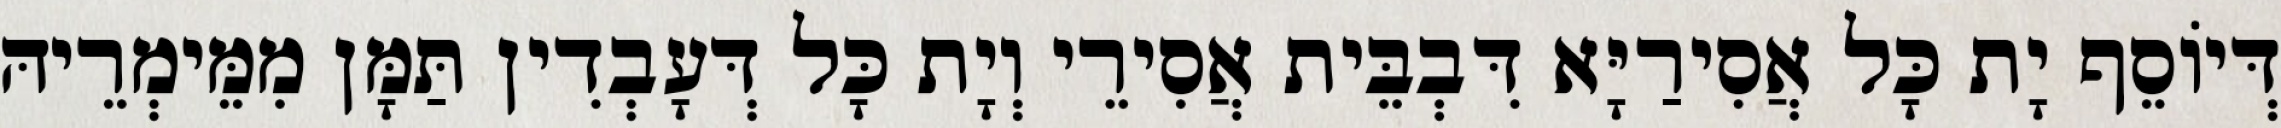
דְּיוֹסֵף יָת כָּל אֲסִירַיָּא דִּבְבֵּית אֲסִירֵי וְיָת כָּל דְּעָבְדִין תַּמָּן מִמֵּימְרֵיהּ